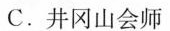
C.井冈山会师